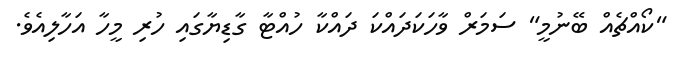
"ކޯއްޗެއް ބޭނުމީ" ސަމަރް ވާހަކަދައްކަ ދައްކާ ހުއްޓާ ގާޑިޔާގައި ހުރި މީހާ އަހާލިއެވެ.